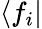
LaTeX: \langle f_{i}|